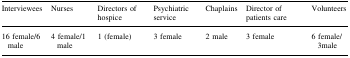
| Interviewees | Nurses | Directors of hospice | Psychiatric service | Chaplains | Director of patients care | Volunteers |
 | --- | --- | --- | --- | --- | --- | --- |
 | 16 female/6 male | 4 female/1 male | 1 (female) | 3 female | 2 male | 3 female | 6 female/3male |